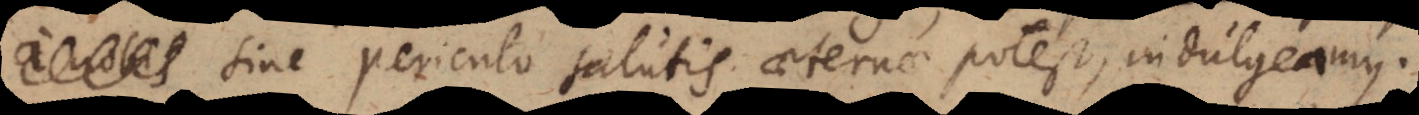
sine periculo salutis aeternae potest, indulgeamus.